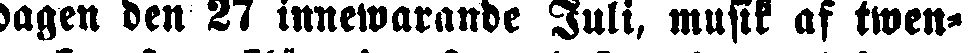
dagen den 27 innewarande Juli, musik af twen-